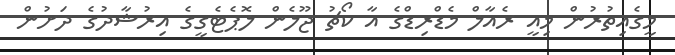
މީގެއިތުރުން މިއީ ރެއާލް މެޑްރިޑްގެ އާ ކޯޗު ޖޫލެން ލޮޕެޓެގީގެ އިރުޝާދުގެ ދަށުން